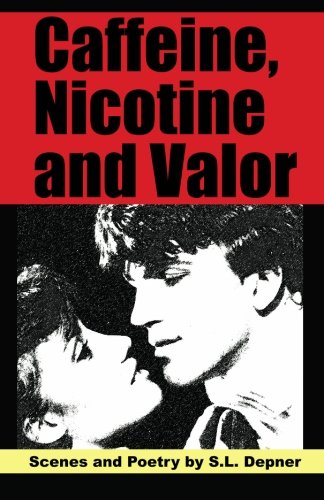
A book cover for Caffeine, Nicotine and Valor: Scenes and Poetry by S.L. Depner; S. L. Depner; Health, Fitness & Dieting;